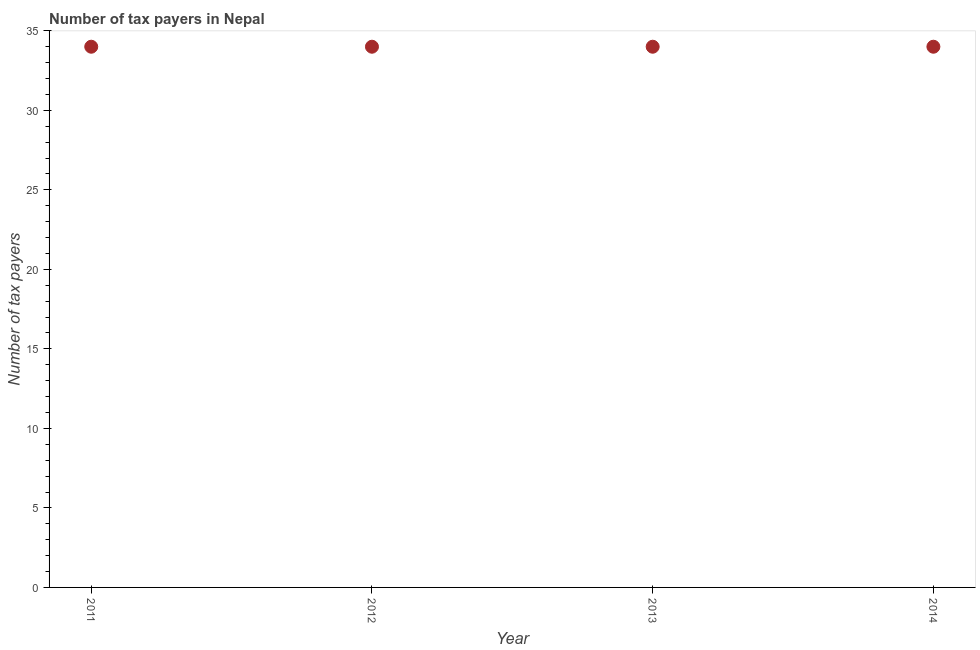
| Year | Tax payments |
 | --- | --- |
 | 2011 | 34 |
 | 2012 | 34 |
 | 2013 | 34 |
 | 2014 | 34 |